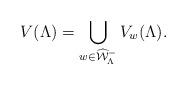
LaTeX: \begin{align*}V(\Lambda) = \bigcup_{w\in {\widehat{\mathcal W}}_\Lambda^-} V_w(\Lambda).\end{align*}